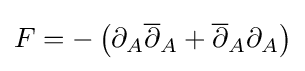
F=-\left(\partial _{A}{\overline {\partial }}_{A}+{\overline {\partial }}_{A}\partial _{A}\right)